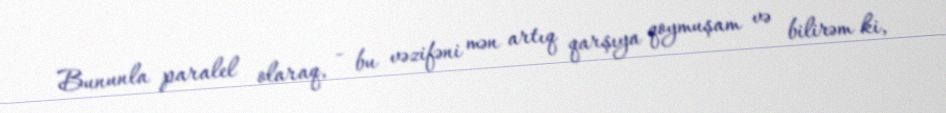
Bununla paralel olaraq, - bu vəzifəni mən artıq qarşıya qoymuşam və bilirəm ki,